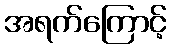
အရက်ကြောင့်